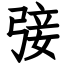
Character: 㢺